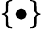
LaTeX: \{ \bullet\}